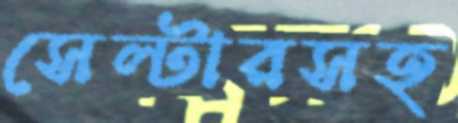
সেল্টারসহ